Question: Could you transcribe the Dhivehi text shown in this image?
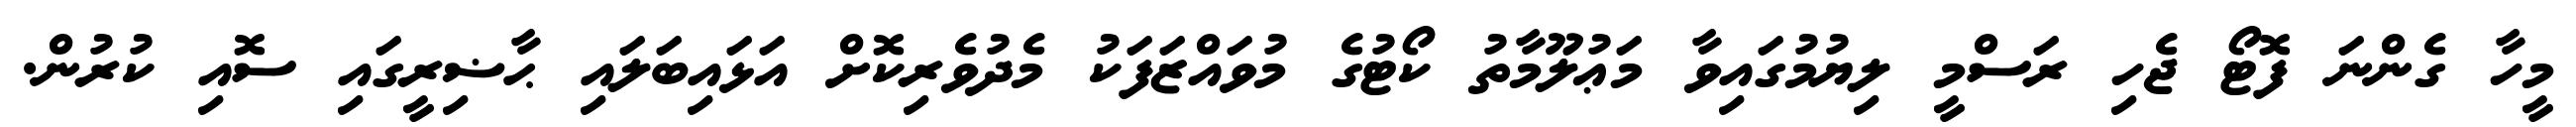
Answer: މީހާ ގެންނަ ފޮޓޯ ޖެހި ރަސްމީ ލިޔުމުގައިވާ މަޢުލޫމާތު ކޯޓުގެ މުވައްޒަފަކު މެދުވެރިކޮށް އަޅައިބަލައި ޙާޟިރީގައި ސޮއި ކުރުން.